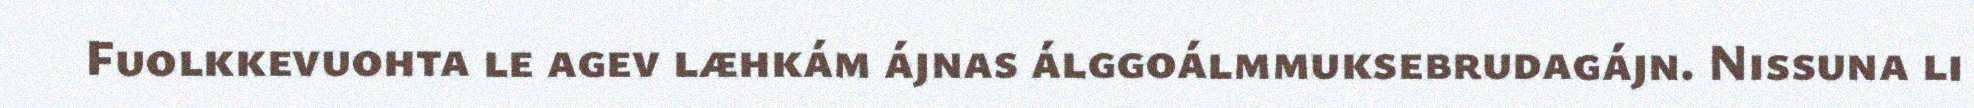
Fuolkkevuohta le agev læhkám ájnas álggoálmmuksebrudagájn. Nissuna li